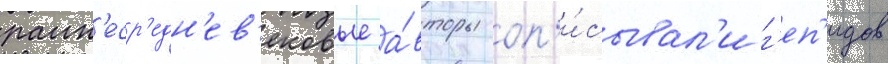
ранн'еср'едн'ев'ековые а́вторы оп'и́сывал'и г'еп'идов